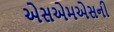
એસએમએસની